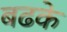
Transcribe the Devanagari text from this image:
बढके